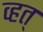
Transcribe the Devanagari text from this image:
व्हत्